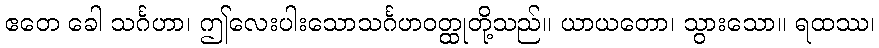
ဧတေ ခေါ သင်္ဂဟာ၊ ဤလေးပါးသောသင်္ဂဟဝတ္ထုတို့သည်။ ယာယတော၊ သွားသော။ ရထဿ၊